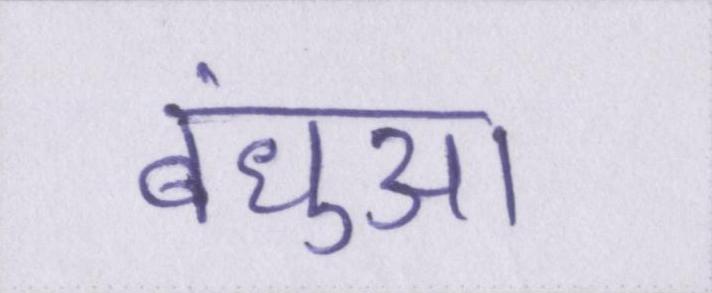
बंधुआ